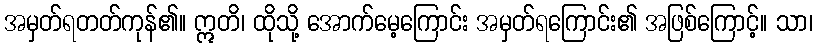
အမှတ်ရတတ်ကုန်၏။ ဣတိ၊ ထိုသို့ အောက်မေ့ကြောင်း အမှတ်ရကြောင်း၏ အဖြစ်ကြောင့်။ သာ၊